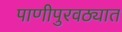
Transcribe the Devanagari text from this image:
पाणीपुरवठ्यात